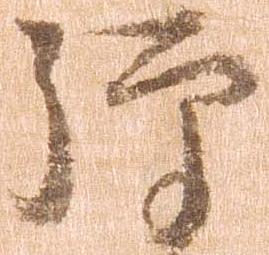
弾